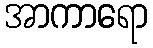
အာကာရော